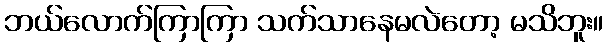
ဘယ်လောက်ကြာကြာ သက်သာနေမလဲတော့ မသိဘူး။